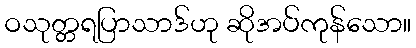
ဝသုတ္တရပြာသာဒ်ဟု ဆိုအပ်ကုန်သော။